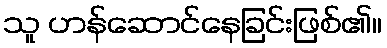
သူ ဟန်ဆောင်နေခြင်းဖြစ်၏။